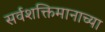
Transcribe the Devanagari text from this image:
सर्वशक्तिमानाच्या